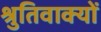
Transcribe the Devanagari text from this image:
श्रुतिवाक्यों